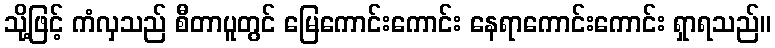
သို့ဖြင့် ကံလှသည် စီတာပူတွင် မြေကောင်းကောင်း နေရာကောင်းကောင်း ရှာရသည်။